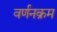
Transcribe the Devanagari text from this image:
वर्णनक्रम